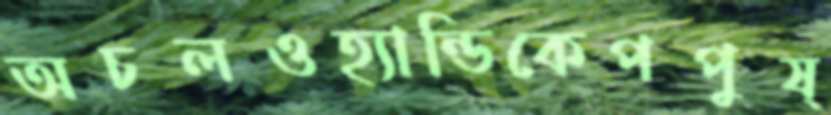
অচলওহ্যান্ডিকেপপুষ্